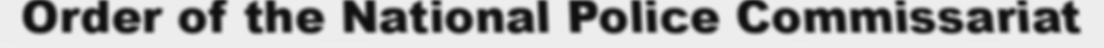
Order of the National Police Commissariat